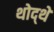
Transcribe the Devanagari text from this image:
थोद्थे